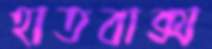
হাতবাক্স